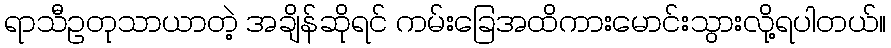
ရာသီဥတုသာယာတဲ့ အချိန်ဆိုရင် ကမ်းခြေအထိကားမောင်းသွားလို့ရပါတယ်။